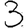
Digit: 3